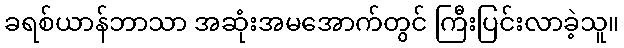
ခရစ်ယာန်ဘာသာ အဆုံးအမအောက်တွင် ကြီးပြင်းလာခဲ့သူ။